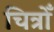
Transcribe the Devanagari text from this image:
चित्रोँ